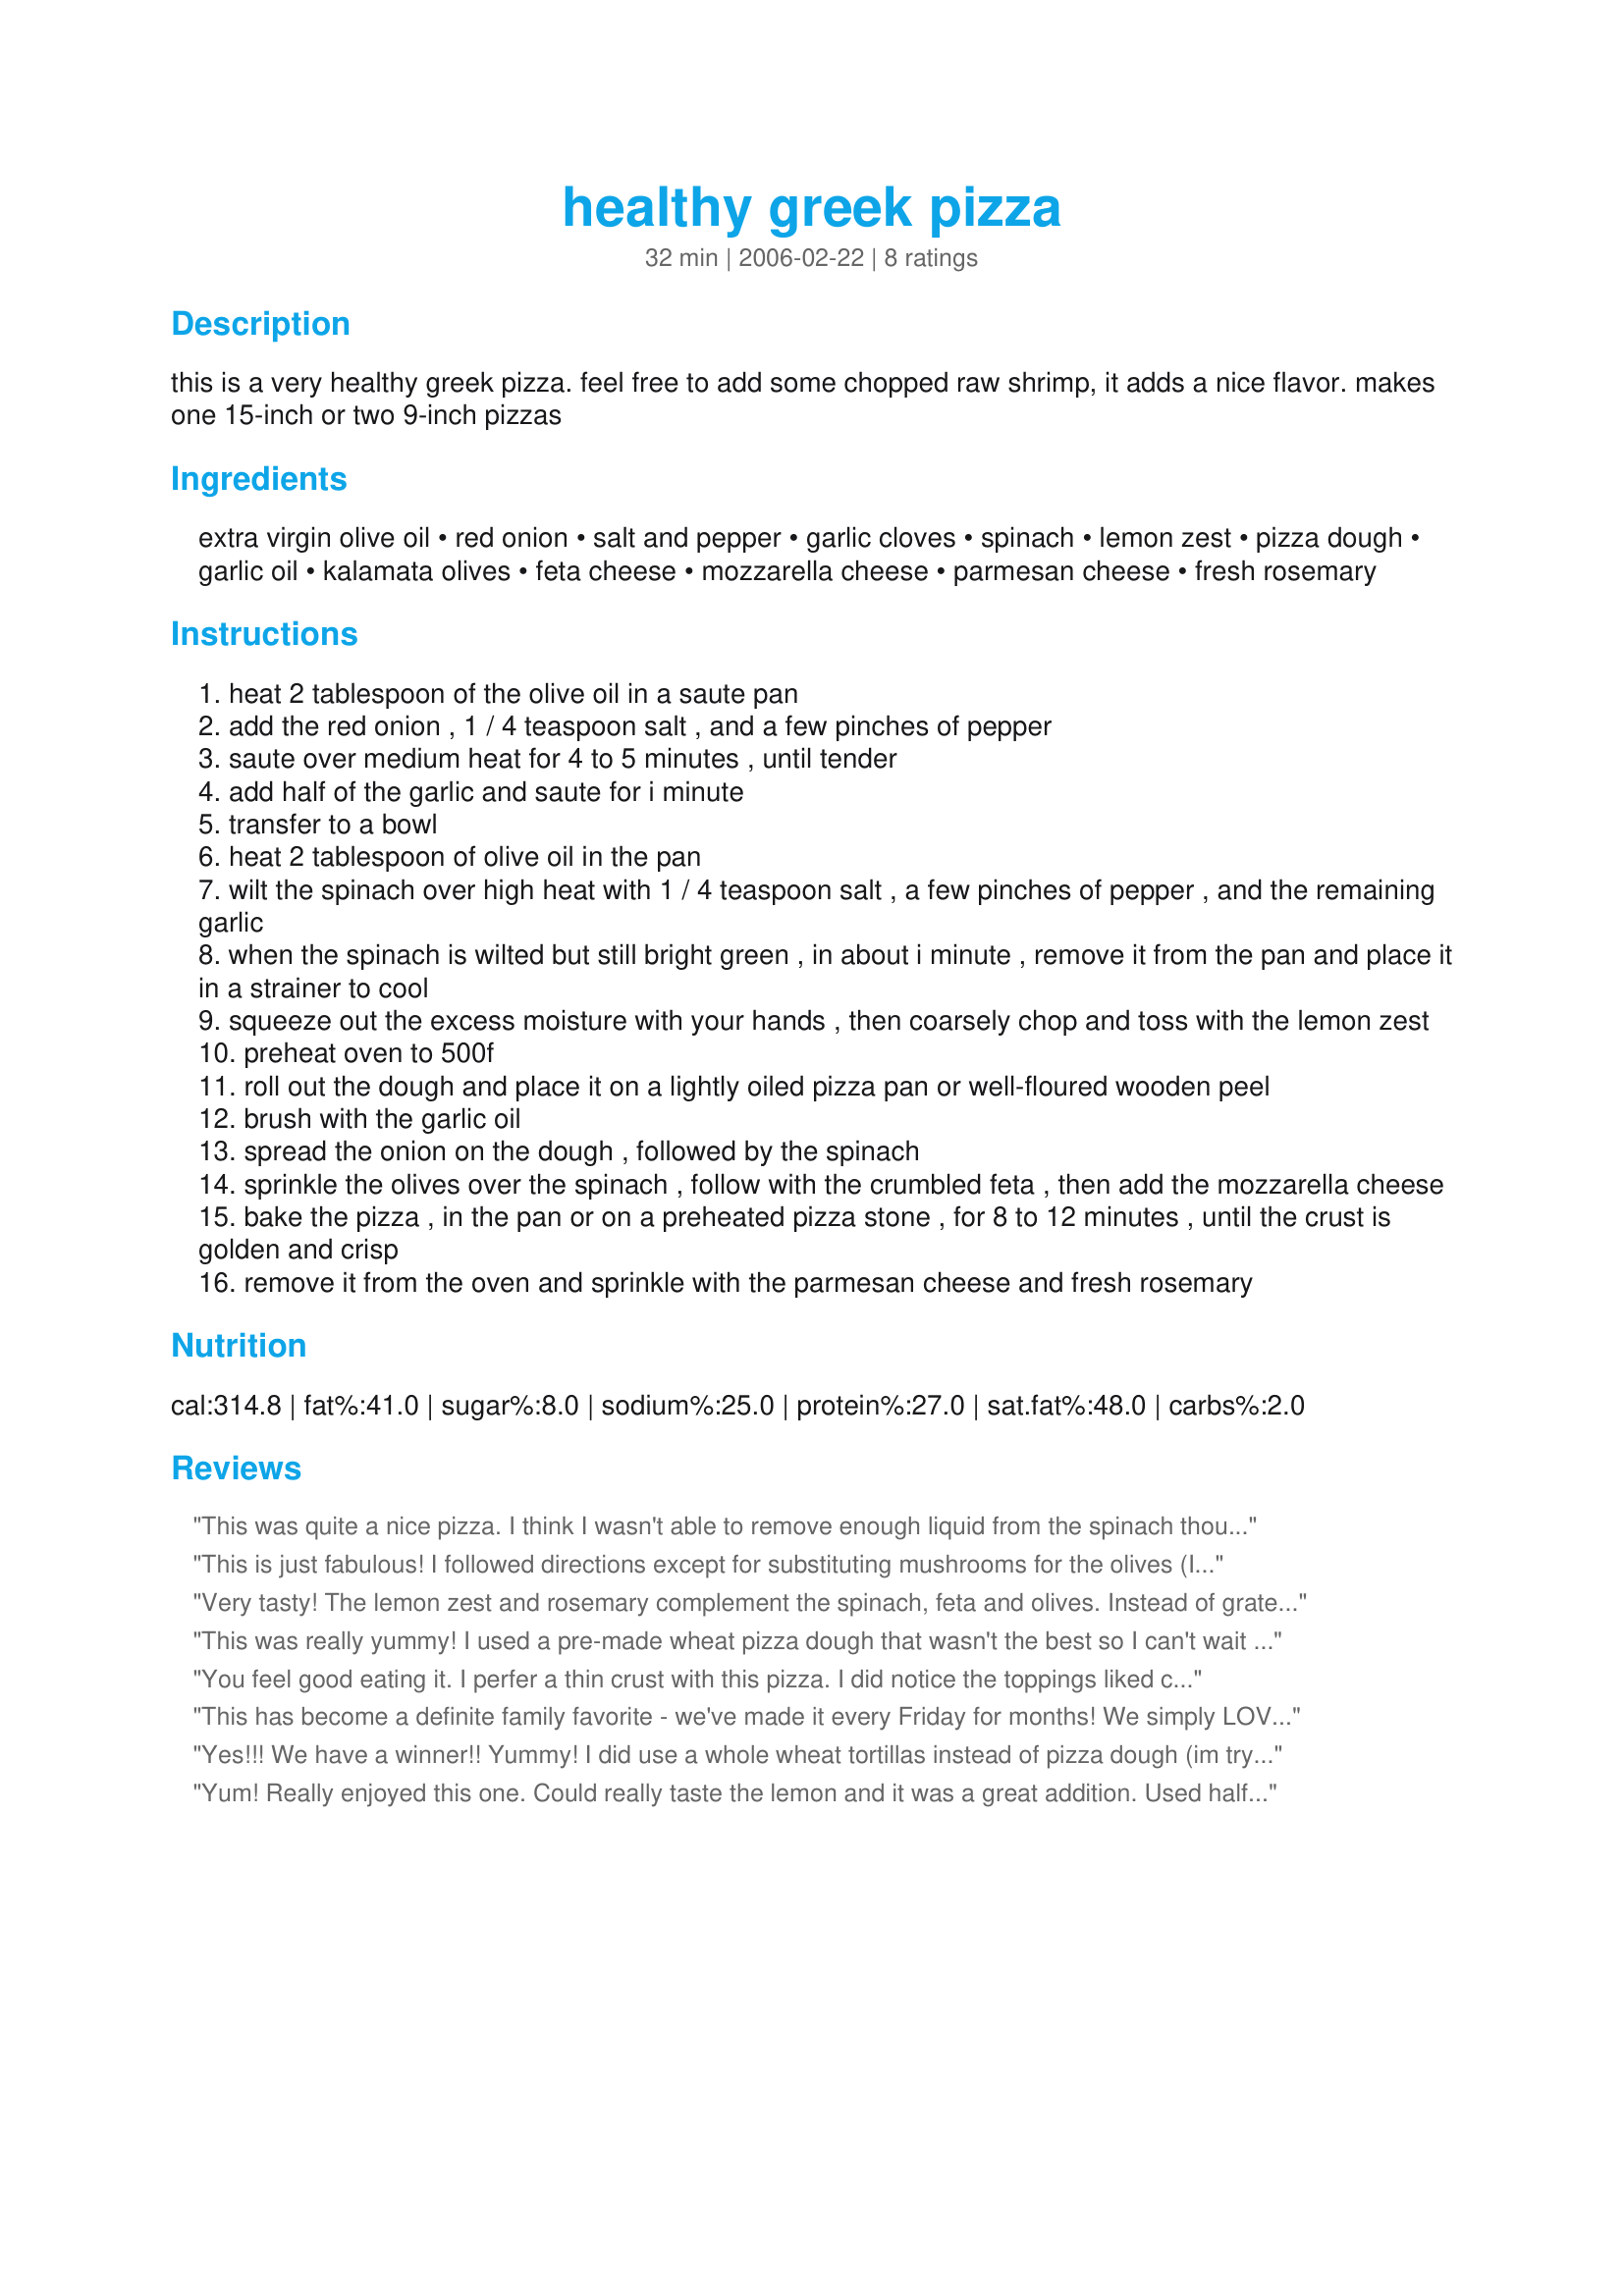
healthy greek pizza
Preparation time: 32 minutes

this is a very healthy greek pizza. feel free to add some chopped raw shrimp, it adds a nice flavor.

makes one 15-inch or two 9-inch pizzas

Ingredients:
extra virgin olive oil, red onion, salt and pepper, garlic cloves, spinach, lemon zest, pizza dough, garlic oil, kalamata olives, feta cheese, mozzarella cheese, parmesan cheese, fresh rosemary

Steps:
heat 2 tablespoon of the olive oil in a saute pan
add the red onion , 1 / 4 teaspoon salt , and a few pinches of pepper
saute over medium heat for 4 to 5 minutes , until tender
add half of the garlic and saute for i minute
transfer to a bowl
heat 2 tablespoon of olive oil in the pan
wilt the spinach over high heat with 1 / 4 teaspoon salt , a few pinches of pepper , and the remaining garlic
when the spinach is wilted but still bright green , in about i minute , remove it from the pan and place it in a strainer to cool
squeeze out the excess moisture with your hands , then coarsely chop and toss with the lemon zest
preheat oven to 500f
roll out the dough and place it on a lightly oiled pizza pan or well-floured wooden peel
brush with the garlic oil
spread the onion on the dough , followed by the spinach
sprinkle the olives over the spinach , follow with the crumbled feta , then add the mozzarella cheese
bake the pizza , in the pan or on a preheated pizza stone , for 8 to 12 minutes , until the crust is golden and crisp
remove it from the oven and sprinkle with the parmesan cheese and fresh rosemary

Reviews:
This was quite a nice pizza. I think I wasn't able to remove enough liquid from the spinach though. I will have to make again & if it improves I will alter my rating. Also, I had problems w/ my pizza dough so that, too, could be a large part of my issues with this.
This is just fabulous! I followed directions except for substituting mushrooms for the olives (I just can't eat an olive) and using a thin crust Boboli pizza shell for the dough. Baked at 450 for 15 minutes and it was just wonderful. The flavor meld really well (I would imagine the shrimp touch would be good too). DH enjoyed this especially, he ate 3/4 of it himself! Made for the April 2008 PAC.
Very tasty! The lemon zest and rosemary complement the spinach, feta and olives. Instead of grated mozzarella, I used slices directly on the crust. Also I needed many more than 6 olives. The 500 degrees was too high for the feta which got too browned; I would recommend lowering the temperature or adding the feta at (or near) the end of baking.
This was really yummy! I used a pre-made wheat pizza dough that wasn't the best so I can't wait to try this again on a better tasting crust. I think it would be wonderful on lavosh too. I added artichoke hearts and sun-dried tomatoes but otherwise prepared as directed. Loved the hint of lemon from the lemon zest!
You feel good eating it. I perfer a thin crust with this pizza. I did notice the toppings liked coming off the crust. I also added chicken. Overall a great pizza! I'll def make it again.
This has become a definite family favorite - we've made it every Friday for months! We simply LOVE it! Thank you so much for posting such a delicious, healthy, easy recipe. We often add artichoke hearts, which make it even more scrumptious.
Yes!!! We have a winner!! Yummy! I did use a whole wheat tortillas instead of pizza dough (im trying to watch my carbs) It worked out great! This pizza is very flavorful so quick to throw together It will be repeated in my house for sure!
Yum! Really enjoyed this one. Could really taste the lemon and it was a great addition. Used half a batch of recipe #117941 made on a pizza stone for a crispy thin crust which complimented the pizza nicely. Thanks for sharing the recipe!
